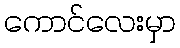
ကောင်လေးမှာ